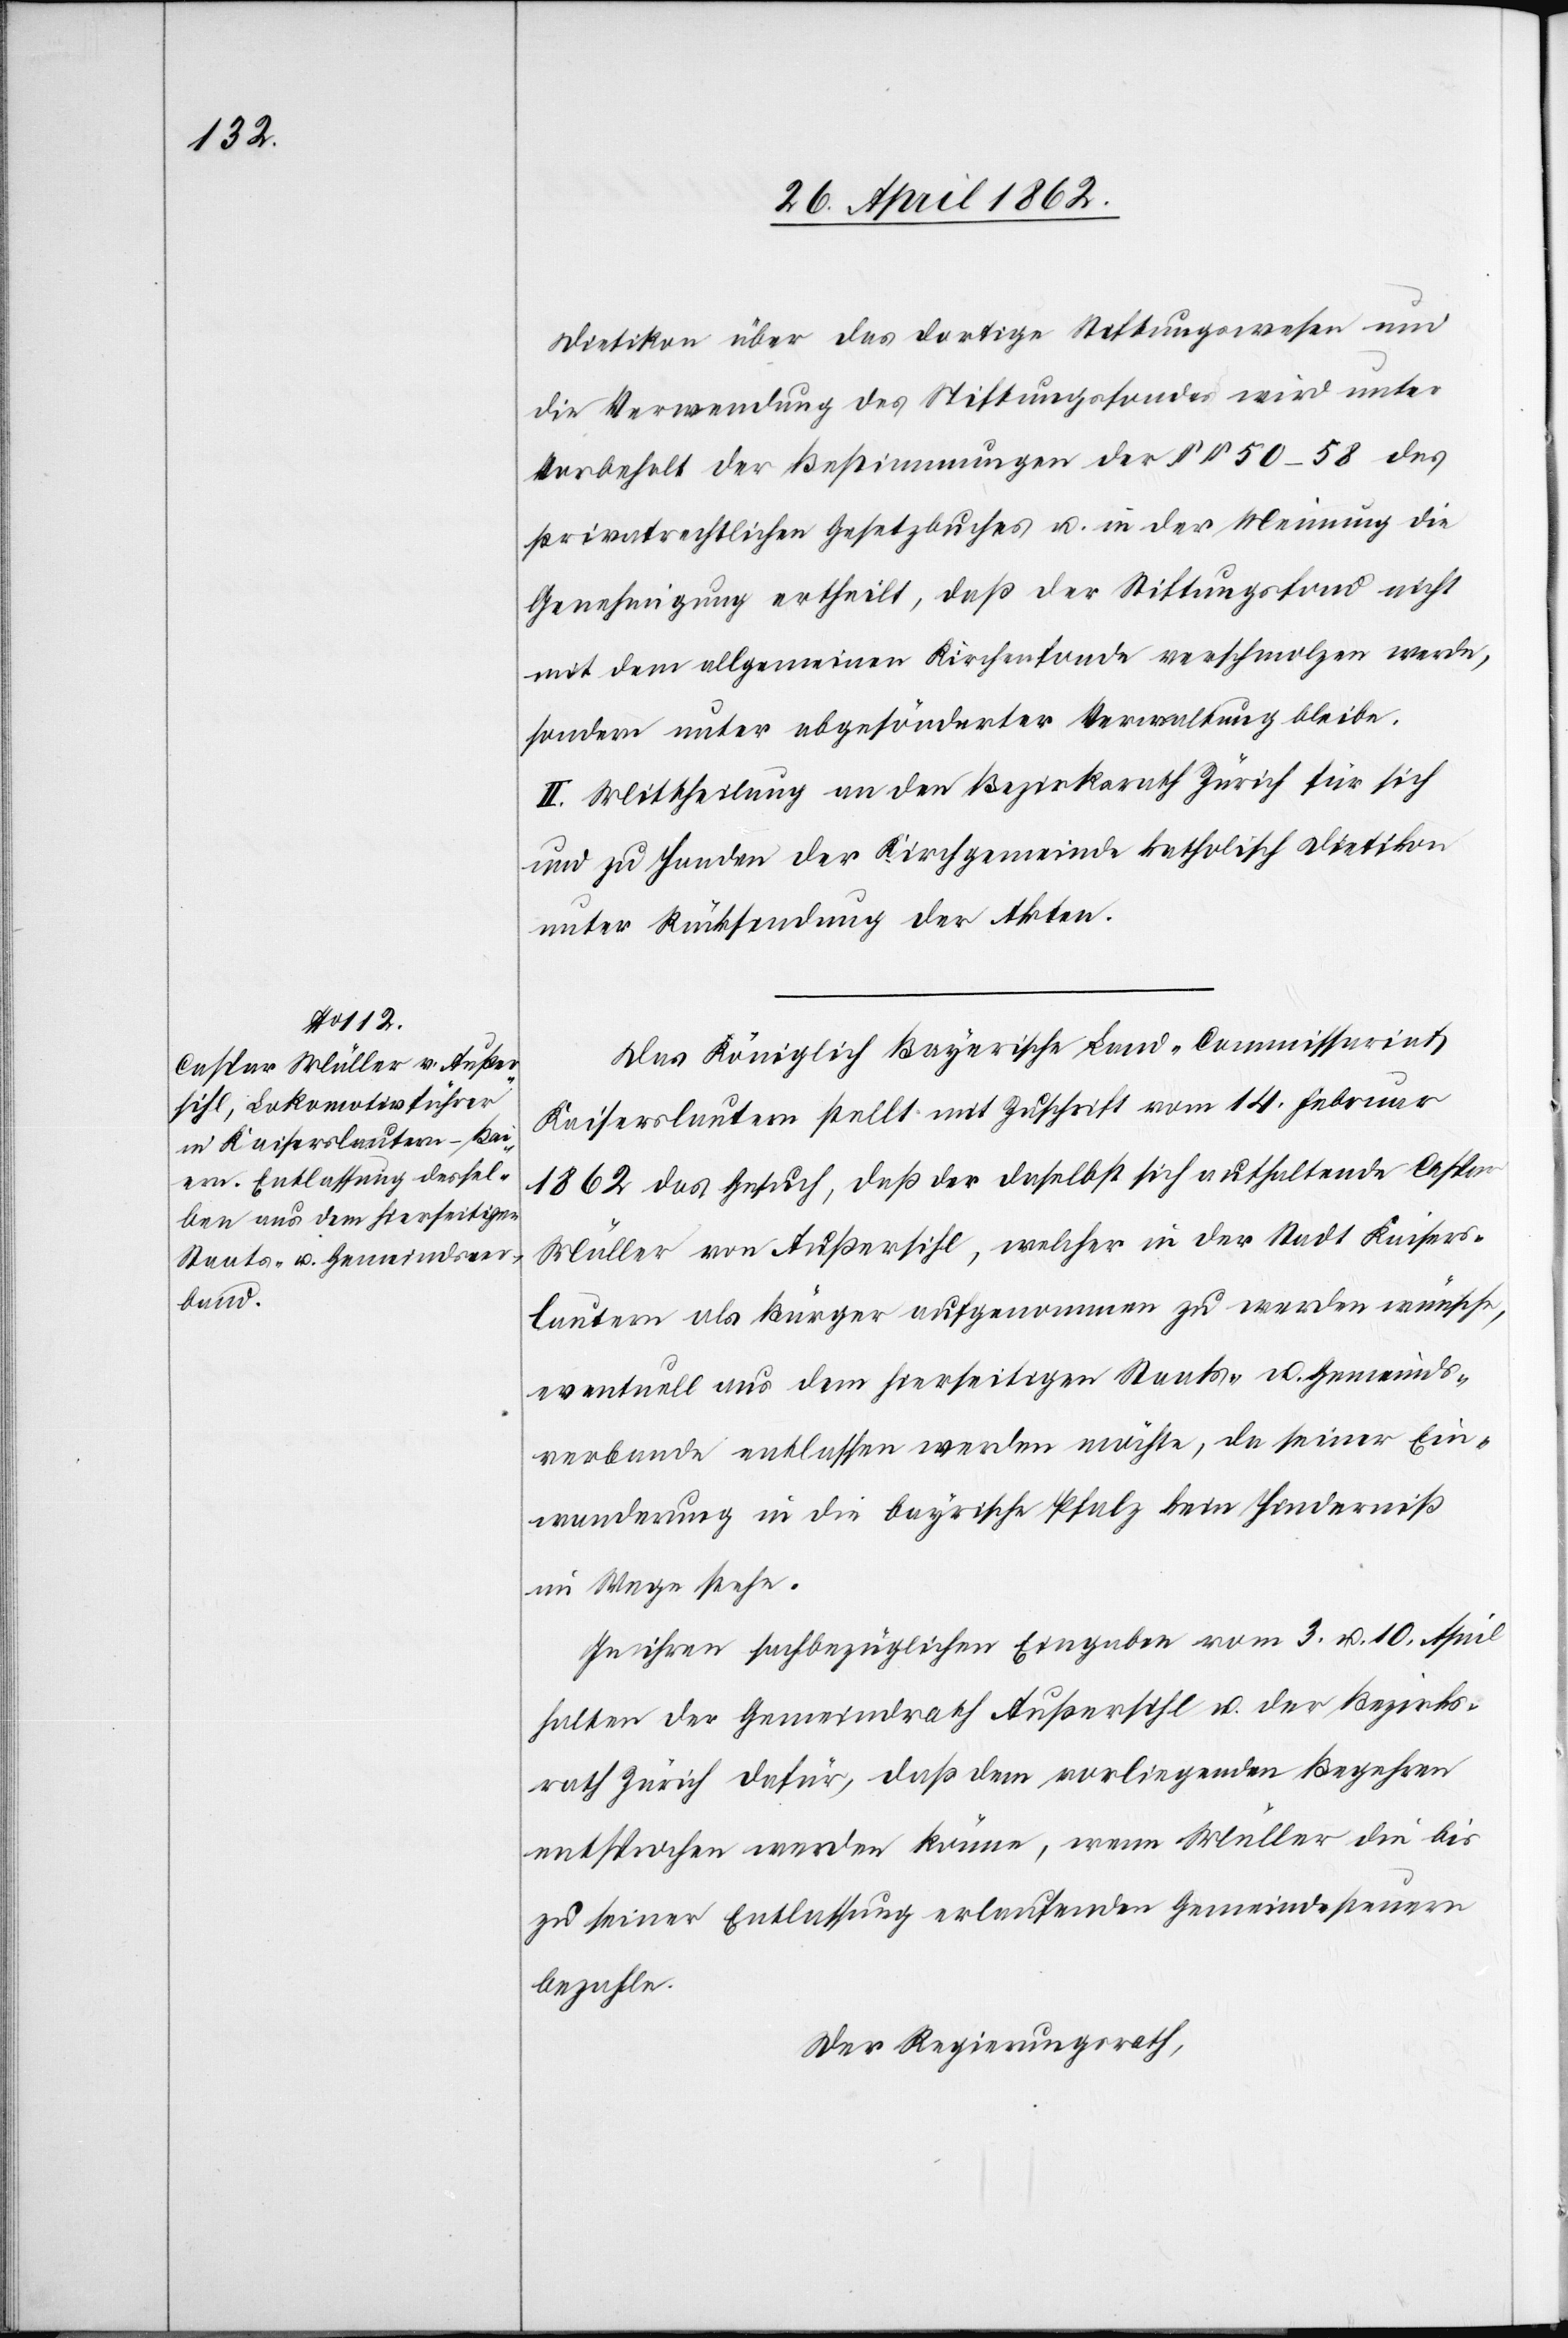
Dietikon über das dortige Stiftungswesen um
die Verwendung des Stiftungsfondes wird unter
Vorbehalt der Bestimmungen der §§ 50–58 des
privatrechtlichen Gesetzbuches u. in der Meinung die
Genehmigung ertheilt, daß der Stiftungsfond nicht
mit dem allgemeinen Kirchenfonde verschmolzen werde,
sondern unter abgesönderter Verwaltung bleibe.
II. Mittheilung an den Bezirksrath Zürich für sich
und zu Handen der Kirchgemeinde katholisch Dietikon
unter Rücksendung der Akten.
Das Königlich Bayerische Land-Kommissariat
Kaiserslautern stellt mit Zuschrift vom 14. Februar
1862 das Gesuch, daß der daselbst sich aufhaltende Caspar
Müller von Außersihl, welcher in der Stadt Kaisers¬
lautern als Bürger aufgenommen zu werden wünsche,
eventuell aus dem hierseitigen Staats- u. Gemeinds¬
verbande entlassen werden möchte, da seiner Ein¬
wanderung in die bayrische Pfalz kein Hinderniß
im Wege stehe.
In ihren sachbezüglichen Eingaben vom 4. u. 10. April
halten der Gemeindrath Außersihl u. der Bezirks¬
rath Zürich dafür, daß dem vorliegenden Begehren
entsprochen werden könne, wenn Müller die bis
zu seiner Entlassung erlaufenden Gemeindesteuern
bezahle.
Der Regierungsrath,